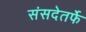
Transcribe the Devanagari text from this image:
संसदेतर्फे